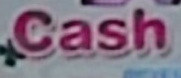
Cash